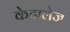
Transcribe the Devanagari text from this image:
केटालेज